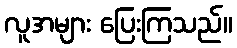
လူအများ ပြေးကြသည်။